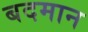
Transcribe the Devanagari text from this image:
बदमान